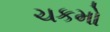
ચકમો